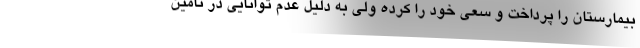
بیمارستان را پرداخت و سعی خود را کرده ولی به دلیل عدم توانایی در تامین